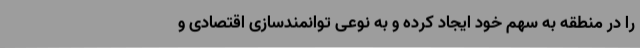
را در منطقه به سهم خود ایجاد کرده و به نوعی توانمندسازی اقتصادی و